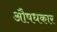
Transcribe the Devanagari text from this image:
औषधकार